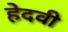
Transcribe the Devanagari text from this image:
हेदवी